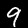
Label: 9